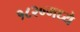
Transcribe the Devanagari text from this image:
१८२०मध्ये